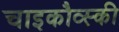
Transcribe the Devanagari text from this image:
चाइकौव्स्की